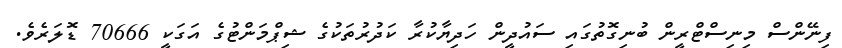
ފިނޭންސް މިނިސްޓްރީން ބުނިގޮތުގައި ސައުދީން ހަދިޔާކުރާ ކަދުރުތަކުގެ ޝިޕްމަންޓުގެ އަގަކީ 70666 ޑޮލަރެވެ.